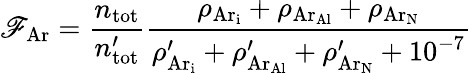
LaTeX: \mathscr{F}_{\mathrm{{Ar}}}=\frac{{n_{\mathrm{{tot}}}}}{{n_{\mathrm{{tot}}}^{\prime}}}\frac{{\rho_{\mathrm{{{Ar}_{i}}}}+\rho_{\mathrm{{{Ar}_{Al}}}}+\rho_{\mathrm{{{Ar}_{N}}}}}}{{\rho_{\mathrm{{{Ar}_{i}}}}^{\prime}+\rho_{\mathrm{{{Ar}_{Al}}}}^{\prime}+\rho_{\mathrm{{{Ar}_{N}}}}^{\prime}+10^{-7}}}